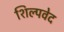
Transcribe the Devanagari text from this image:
शिल्पवेद